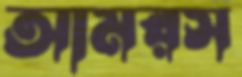
আমরস